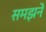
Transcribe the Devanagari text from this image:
समझनें